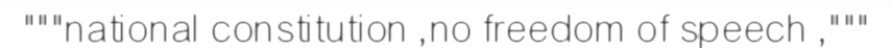
"""national constitution ,no freedom of speech ,"""